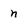
Character: n